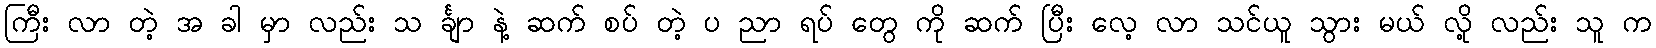
ကြီး လာ တဲ့ အ ခါ မှာ လည်း သ င်္ချာ နဲ့ ဆက် စပ် တဲ့ ပ ညာ ရပ် တွေ ကို ဆက် ပြီး လေ့ လာ သင်ယူ သွား မယ် လို့ လည်း သူ က